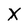
Character: X